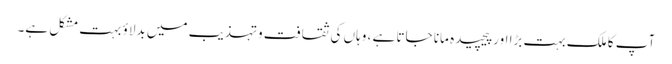
آپ کا ملک بہت بڑا اور پیچیده مانا جاتا ہے ، وہاں کی ثقافت وتہذیب میں بدلاؤ بہت مشکل ہے۔